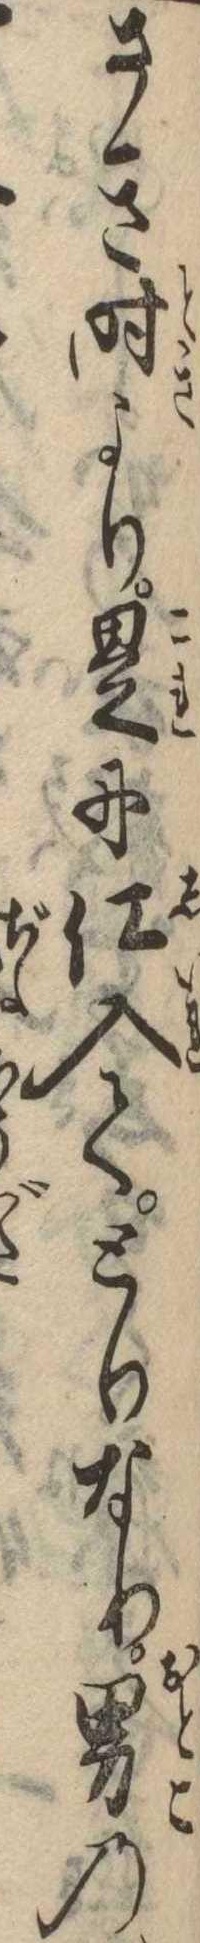
さき時より是に仕入てとりなり男の